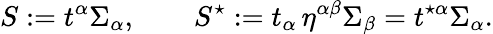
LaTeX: S:=t^{\alpha}\Sigma_{\alpha},\qquad S^{\star}:=t_{\alpha}\, \eta^{\alpha\beta}\Sigma_{\beta}=t^{\star\alpha}\Sigma_{\alpha}.